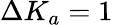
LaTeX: \Delta K_{a}=1